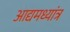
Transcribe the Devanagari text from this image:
आद्यमध्यांत्र